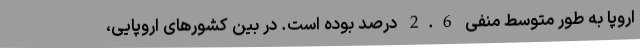
اروپا به طور متوسط منفی 2.6 درصد بوده است. در بین کشورهای اروپایی،